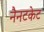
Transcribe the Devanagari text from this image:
नैनटकेट